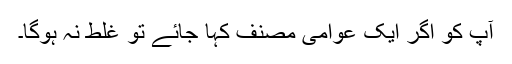
آپ کو اگر ایک عوامی مصنف کہا جائے تو غلط نہ ہوگا۔